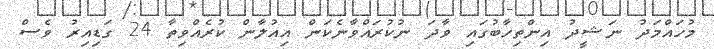
މުހައްމަދު ނަޝީދު އިންތިހާބުގައި ވާދަ ނުކުރައްވާނެކަން އިއުލާން ކުރެއްވިތާ 24 ގަޑިއިރު ވެސް